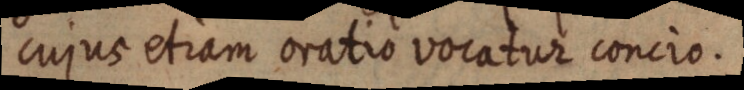
cujus etiam oratio vocatur concio.